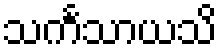
သင်္ကသာယသိ